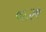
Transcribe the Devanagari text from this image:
०६२९